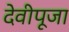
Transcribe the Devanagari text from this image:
देवीपूजा